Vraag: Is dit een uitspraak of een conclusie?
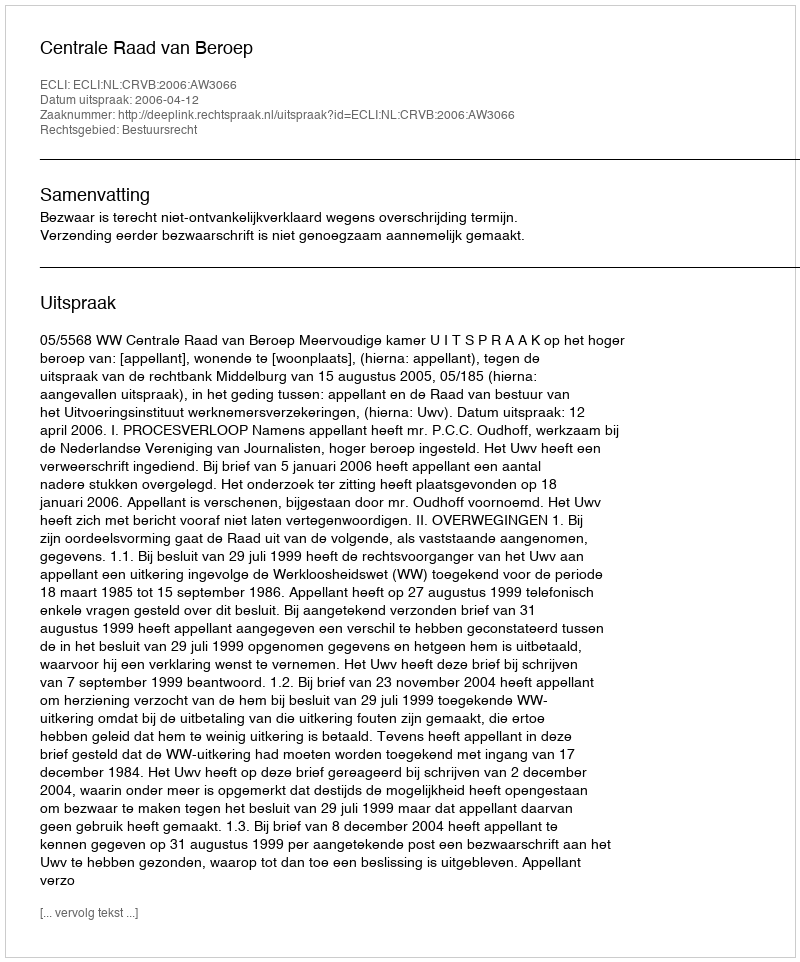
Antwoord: Uitspraak